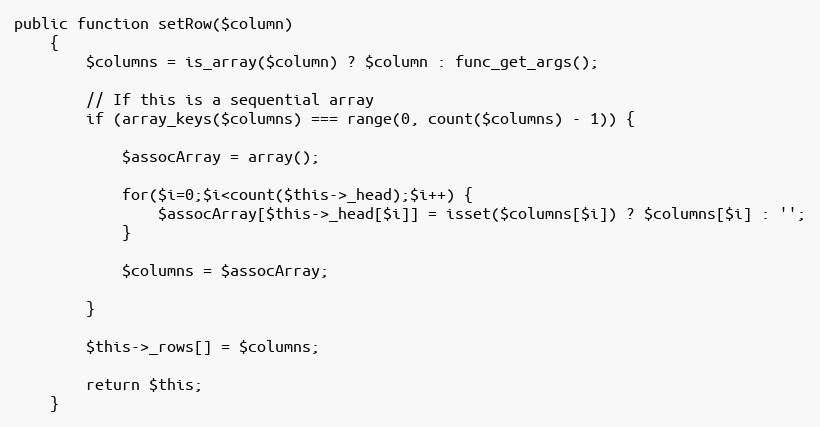
Language: PHP
public function setRow($column)
    {
        $columns = is_array($column) ? $column : func_get_args();

        // If this is a sequential array
        if (array_keys($columns) === range(0, count($columns) - 1)) {

            $assocArray = array();

            for($i=0;$i<count($this->_head);$i++) {
                $assocArray[$this->_head[$i]] = isset($columns[$i]) ? $columns[$i] : '';
            }

            $columns = $assocArray;

        }

        $this->_rows[] = $columns;

        return $this;
    }